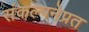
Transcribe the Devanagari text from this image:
संकल्पनेप्रत